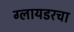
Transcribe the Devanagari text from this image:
ग्लायडरचा